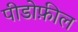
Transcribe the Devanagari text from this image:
पीडोफ़ील